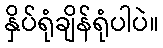
နှိပ်ရုံချိန်ရုံပါပဲ။